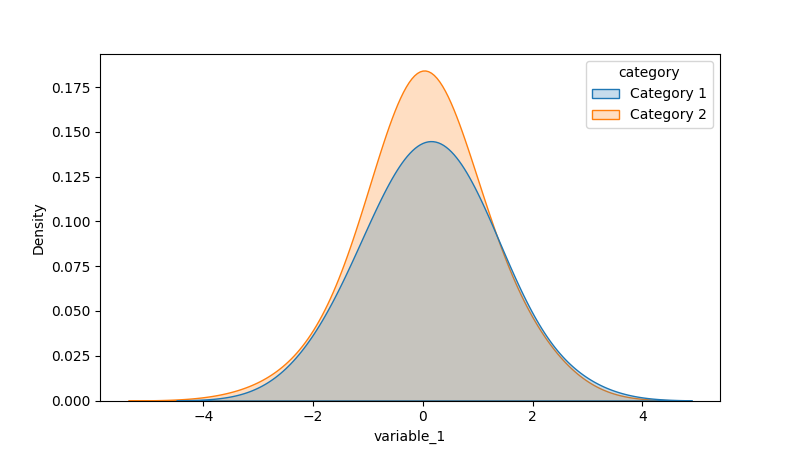
python, seaborn, kdeplot, hue='category', fill=True, bw_adjust=2.0